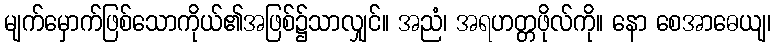
မျက်မှောက်ဖြစ်သောကိုယ်၏အဖြစ်၌သာလျှင်။ အညံ၊ အရဟတ္တဖိုလ်ကို။ နော စေအာဓေယျ၊